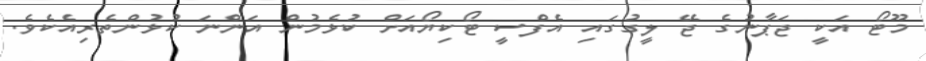
މޫޓޯ އަކީ ޖަޕާނުގެ ޖޭ ލީގުގައި އެފްސީ ޓޯކިޔޯއަށް ކުޅެމުން އަންނަ ކުޅުންތެރިއެކެވެ.